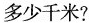
多少千米?